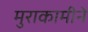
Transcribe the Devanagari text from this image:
मुराकामीने